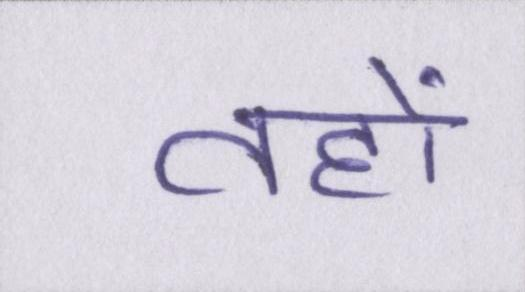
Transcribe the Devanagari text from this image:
तहों